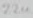
Text: 22u